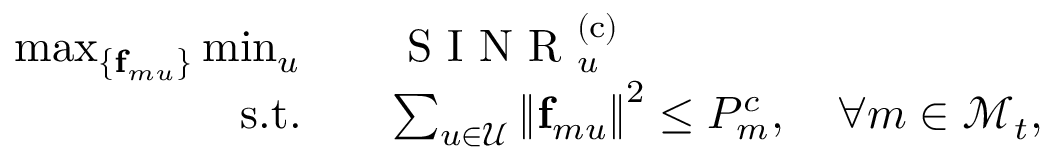
\begin{array} { r l } { \operatorname* { m a x } _ { \{ { \mathbf { f } } _ { m u } \} } \operatorname* { m i n } _ { u } \quad } & { \textrm { S I N R } _ { u } ^ { \mathrm { ( c ) } } } \\ { \mathrm { s . t . } \quad } & { \sum _ { u \in \mathcal { U } } \left\lVert { \mathbf { f } } _ { m u } \right\rVert ^ { 2 } \leq P _ { m } ^ { c } , \quad \forall m \in \mathcal { M } _ { t } , } \end{array}